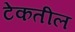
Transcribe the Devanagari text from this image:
टेकतील